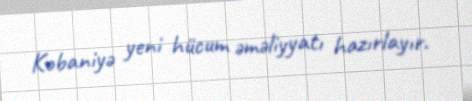
Kobaniyə yeni hücum əməliyyatı hazırlayır.